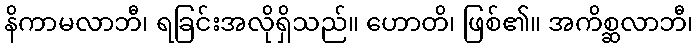
နိကာမလာဘီ၊ ရခြင်းအလိုရှိသည်။ ဟောတိ၊ ဖြစ်၏။ အကိစ္ဆလာဘီ၊